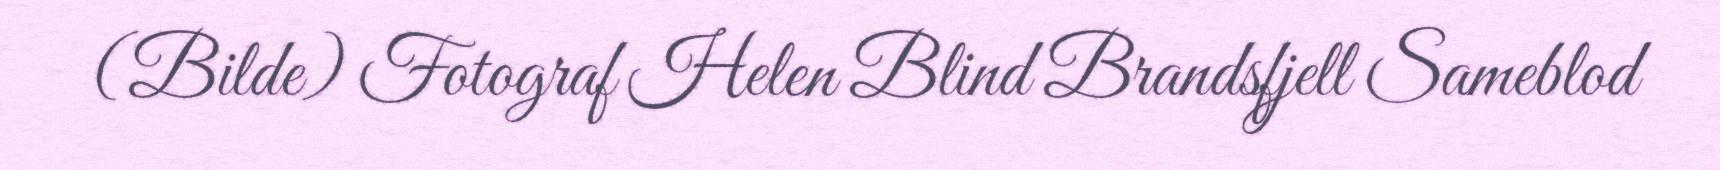
(Bilde) Fotograf Helen Blind Brandsfjell Sameblod